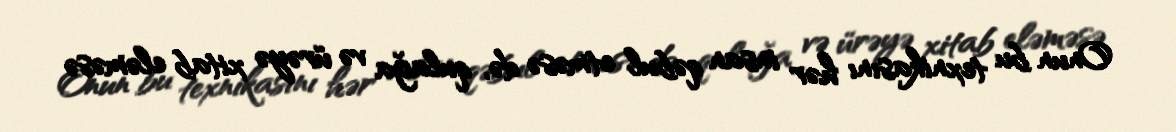
Onun bu texnikasını hər insan qəbul etməsə də, qulağa və ürəyə xitab eləməsə